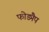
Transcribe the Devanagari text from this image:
फोड्मैप